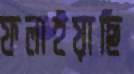
ফলাইয়াছি